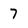
Character: 7